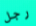
رجل